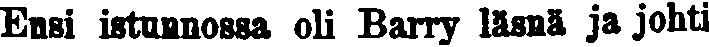
Ensi istunnossa oli Barry läsnä ja johti